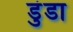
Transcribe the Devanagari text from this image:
डुंडा